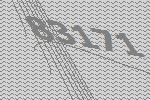
83171